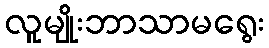
လူမျိုးဘာသာမရွေး